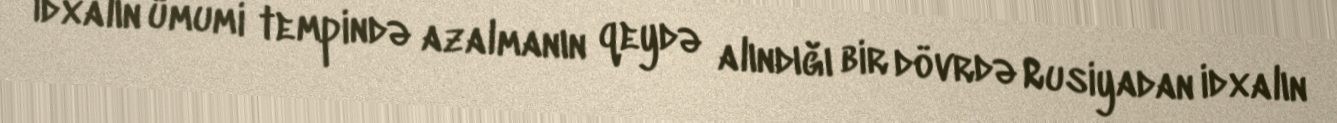
İdxalın ümumi tempində azalmanın qeydə alındığı bir dövrdə Rusiyadan idxalın